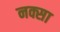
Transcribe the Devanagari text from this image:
नक्सा